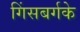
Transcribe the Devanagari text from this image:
गिंसबर्गके